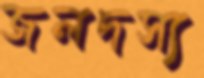
জলদস্য